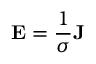
\mathbf { E } = { \frac { 1 } { \sigma } } \mathbf { J }